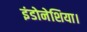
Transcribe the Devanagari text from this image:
इंडोनेशिया।